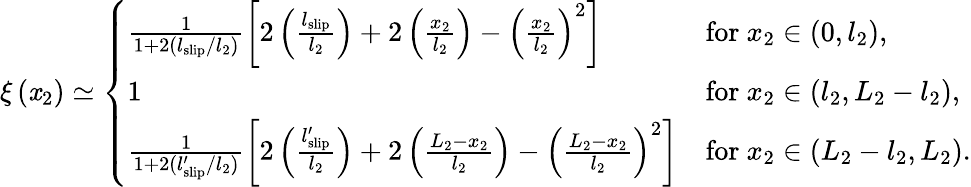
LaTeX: \xi\left(\mathit{x}_{2}\right)\simeq\left\{ \begin{array}{ll}{\frac{1}{1+2(l_{\mathrm{slip}}/l_{2})}\left[2\left(\frac{l_{\mathrm{slip}}}{l_{2}}\right)+2\left(\frac{x_{2}}{l_{2}}\right)-\left(\frac{x_{2}}{l_{2}}\right)^{2}\right]}&{\mathrm{for~}x_{2}\in(0,l_{2}),}\\ {1}&{\mathrm{for~}x_{2}\in(l_{2},L_{2}-l_{2}),}\\ {\frac{1}{1+2(l_{\mathrm{slip}}^{\prime}/l_{2})}\left[2\left(\frac{l_{\mathrm{slip}}^{\prime}}{l_{2}}\right)+2\left(\frac{L_{2}-x_{2}}{l_{2}}\right)-\left(\frac{L_{2}-x_{2}}{l_{2}}\right)^{2}\right]}&{\mathrm{for~}x_{2}\in(L_{2}-l_{2},L_{2}).}\end{array}\right.